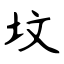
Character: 坟